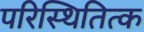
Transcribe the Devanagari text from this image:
परिस्थितित्क